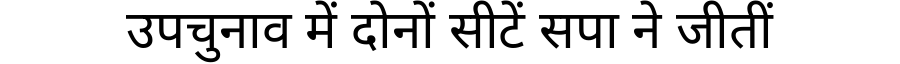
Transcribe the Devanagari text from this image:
उपचुनाव में दोनों सीटें सपा ने जीतीं